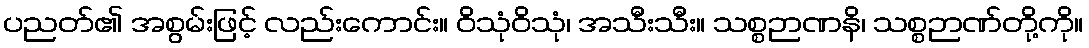
ပညတ်၏ အစွမ်းဖြင့် လည်းကောင်း။ ဝိသုံဝိသုံ၊ အသီးသီး။ သစ္စဉာဏနိ၊ သစ္စဉာဏ်တို့ကို။